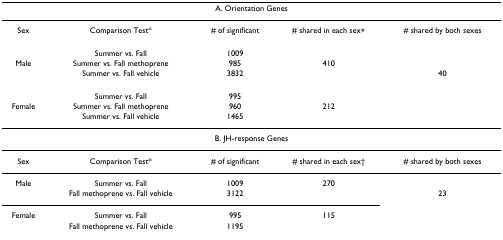
<table><thead><tr><td colspan="5"><b>A. Orientation Genes</b></td></tr></thead><tbody><tr><td>Sex</td><td>Comparison Test*</td><td># of significant</td><td># shared in each sex+</td><td># shared by both sexes</td></tr><tr><td></td><td>Summer vs. Fall</td><td>1009</td><td></td><td></td></tr><tr><td>Male</td><td>Summer vs. Fall methoprene</td><td>985</td><td>410</td><td></td></tr><tr><td></td><td>Summer vs. Fall vehicle</td><td>3832</td><td></td><td>40</td></tr><tr><td></td><td>Summer vs. Fall</td><td>995</td><td></td><td></td></tr><tr><td>Female</td><td>Summer vs. Fall methoprene</td><td>960</td><td>212</td><td></td></tr><tr><td></td><td>Summer vs. Fall vehicle</td><td>1465</td><td></td><td></td></tr><tr><td colspan="5">B. JH-response Genes</td></tr><tr><td>Sex</td><td>Comparison Test*</td><td># of significant</td><td># shared in each sex†</td><td># shared by both sexes</td></tr><tr><td>Male</td><td>Summer vs. Fall</td><td>1009</td><td>270</td><td></td></tr><tr><td></td><td>Fall methoprene vs. Fall vehicle</td><td>3122</td><td></td><td>23</td></tr><tr><td>Female</td><td>Summer vs. Fall</td><td>995</td><td>115</td><td></td></tr><tr><td></td><td>Fall methoprene vs. Fall vehicle</td><td>1195</td><td></td><td></td></tr></tbody></table>